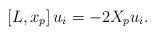
LaTeX: \begin{align*}\left[ {L,{x_p}} \right]{u_i} = - 2{X_p}{u_i}.\end{align*}